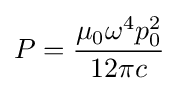
P={\frac {\mu _{0}\omega ^{4}p_{0}^{2}}{12\pi c}}